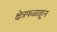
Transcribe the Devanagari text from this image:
क्षेत्रफळाहून